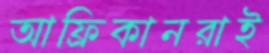
আফ্রিকানরাই